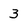
Character: 3